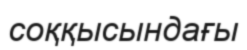
соққысындағы